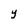
Character: Y